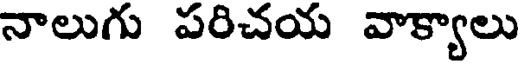
నాలుగు పరిచయ వాక్యాలు